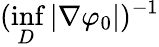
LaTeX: (\operatorname*{inf}_{D}|\nabla\varphi_{0}|)^{-1}